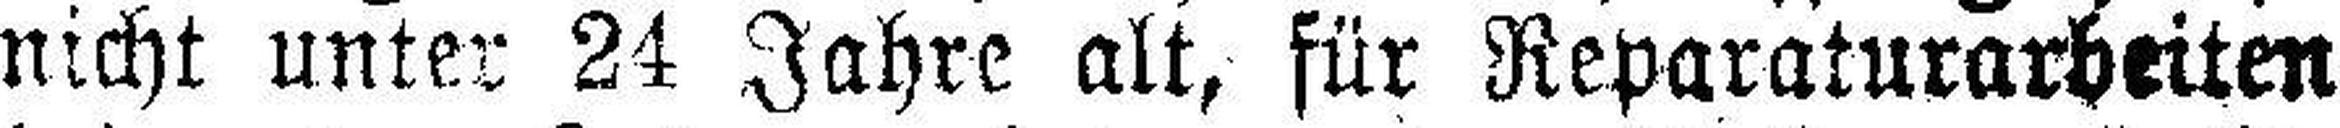
nicht unter 24 Jahre alt, für Reparaturarbeiten